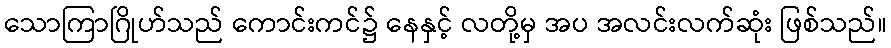
သောကြာဂြိုဟ်သည် ကောင်းကင်၌ နေနှင့် လတို့မှ အပ အလင်းလက်ဆုံး ဖြစ်သည်။